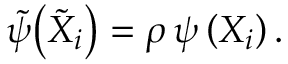
{ \tilde { \psi } } \big ( { \tilde { X } } _ { i } \big ) = \rho \, \psi \left( X _ { i } \right) .